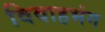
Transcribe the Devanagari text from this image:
विवाहभंग